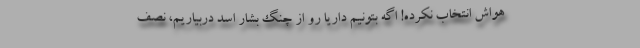
هواش انتخاب نکرده! اگه بتونیم داریا رو از چنگ بشار اسد دربیاریم، نصف